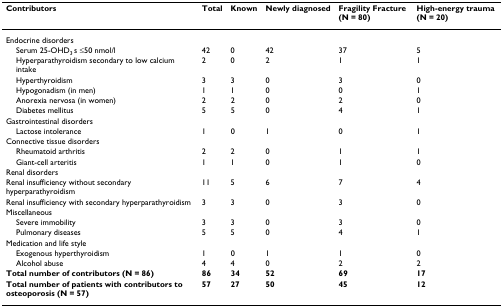
| Contributors | Total | Known | Newly diagnosed | Fragility Fracture (N = 80) | High-energy trauma (N = 20) |
 | --- | --- | --- | --- | --- | --- |
 | Endocrine disorders |  |  |  |  |  |
 | Serum 25-OHD3 s ≤50 nmol/l | 42 | 0 | 42 | 37 | 5 |
 | Hyperparathyroidism secondary to low calcium intake | 2 | 0 | 2 | 1 | 1 |
 | Hyperthyroidism | 3 | 3 | 0 | 3 | 0 |
 | Hypogonadism (in men) | 1 | 1 | 0 | 0 | 1 |
 | Anorexia nervosa (in women) | 2 | 2 | 0 | 2 | 0 |
 | Diabetes mellitus | 5 | 5 | 0 | 4 | 1 |
 | Gastrointestinal disorders |  |  |  |  |  |
 | Lactose intolerance | 1 | 0 | 1 | 0 | 1 |
 | Connective tissue disorders |  |  |  |  |  |
 | Rheumatoid arthritis | 2 | 2 | 0 | 1 | 1 |
 | Giant-cell arteritis | 1 | 1 | 0 | 1 | 0 |
 | Renal disorders |  |  |  |  |  |
 | Renal insufficiency without secondary hyperparathyroidism | 11 | 5 | 6 | 7 | 4 |
 | Renal insufficiency with secondary hyperparathyroidism | 3 | 3 | 0 | 3 | 0 |
 | Miscellaneous |  |  |  |  |  |
 | Severe immobility | 3 | 3 | 0 | 3 | 0 |
 | Pulmonary diseases | 5 | 5 | 0 | 4 | 1 |
 | Medication and life style |  |  |  |  |  |
 | Exogenous hyperthyroidism | 1 | 0 | 1 | 1 | 0 |
 | Alcohol abuse | 4 | 4 | 0 | 2 | 2 |
 | Total number of contributors (N = 86) | 86 | 34 | 52 | 69 | 17 |
 | Total number of patients with contributors to osteoporosis (N = 57) | 57 | 27 | 50 | 45 | 12 |